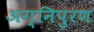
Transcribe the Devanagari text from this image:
अग्निपुरण